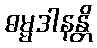
ဓမ္မဒါနန္တိ